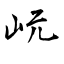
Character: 岏